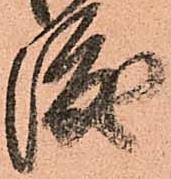
渡